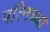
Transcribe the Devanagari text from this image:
पत्निच्या